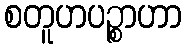
စတူဟပဉ္စာဟာ